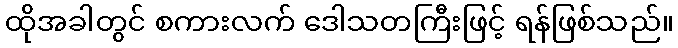
ထိုအခါတွင် စကားလက် ဒေါသတကြီးဖြင့် ရန်ဖြစ်သည်။